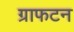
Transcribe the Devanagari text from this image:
ग्राफटन